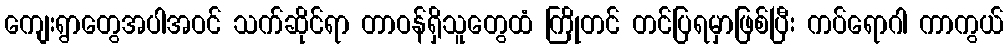
ကျေးရွာတွေအပါအဝင် သက်ဆိုင်ရာ တာဝန်ရှိသူတွေထံ ကြိုတင် တင်ပြရမှာဖြစ်ပြီး ကပ်ရောဂါ ကာကွယ်